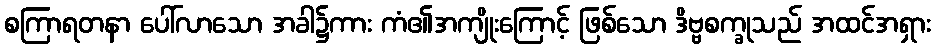
စကြာရတနာ ပေါ်လာသော အခါ၌ကား ကံ၏အကျိုးကြောင့် ဖြစ်သော ဒိဗ္ဗစက္ခုသည် အထင်အရှား